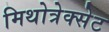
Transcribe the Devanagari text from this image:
मिथोत्रेक्सेट